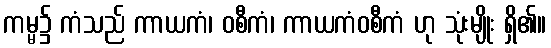
ကမ္မ၌ ကံသည် ကာယကံ၊ ဝစီကံ၊ ကာယကံဝစီကံ ဟု သုံးမျိုး ရှိ၏။